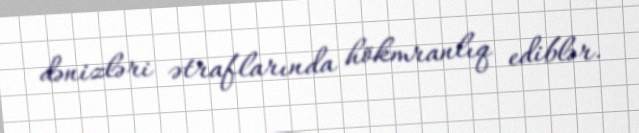
dənizləri ətraflarında hökmranlıq ediblər.